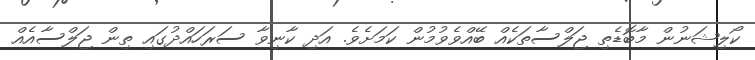
ކޯލިޝަނުން މާބޮޑެތި ޖަލްސާތަކެއް ބޭއްވެވުމުން ކަމަށެވެ. އަދި ކާނިވާ ސަރަހައްދުގައި ތިން ޖަލްސާއެއް